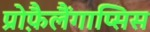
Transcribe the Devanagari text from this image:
प्रोफ़ैलैंगाप्सिस